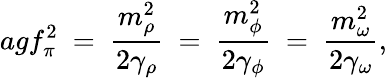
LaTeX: agf_{\pi}^{2}\ =\ \frac{m_{\rho}^{2}}{2\gamma_{\rho}}\ =\ \frac{m_{\phi}^{2}}{2\gamma_{\phi}}\ =\ \frac{m_{\omega}^{2}}{2\gamma_{\omega}},